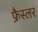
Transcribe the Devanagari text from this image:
फ्रैस्लर